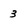
Character: 3